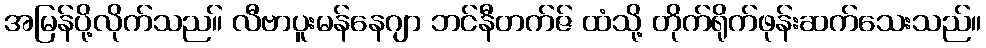
အမြန်ပို့လိုက်သည။် လီဗာပူးမန်နေဂျာ ဘင်နီတက်ဇ် ထံသို့ တိုက်ရိုက်ဖုန်းဆက်သေးသည်။